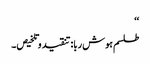
‘‘
طلسم ہوش ربا:تنقید وتلخیص۔